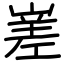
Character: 嵳